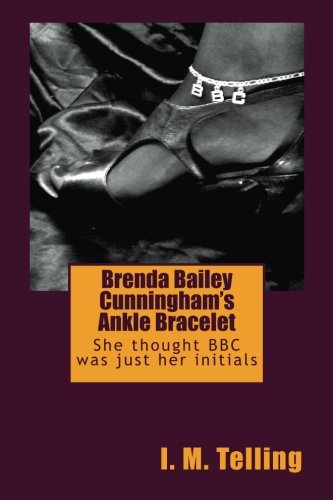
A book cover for Brenda Bailey Cunningham's Ankle Bracelet; I. M. Telling; Romance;